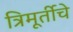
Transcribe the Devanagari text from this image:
त्रिमूर्तीचे